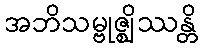
အဘိသမ္ဗုဇ္ဈိဿန္တိ